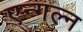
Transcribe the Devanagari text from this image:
एन्गल्न